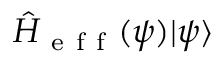
\hat { H } _ { \mathrm { ~ e ~ f ~ f ~ } } ( \psi ) | \psi \rangle